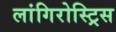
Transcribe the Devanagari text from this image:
लांगिरोस्ट्रिस